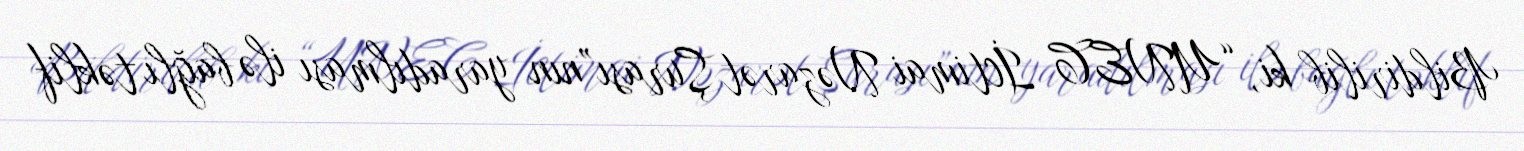
Bildirilib ki, “UNEC İctimai Nəzarət Şurası”nın yaradılması ilə bağlı təklif